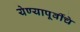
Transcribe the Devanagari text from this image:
येण्यापूर्वीचे